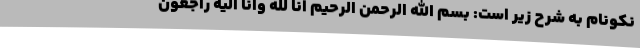
نکونام به شرح زیر است: بسم الله الرحمن الرحیم انا لله وانا الیه راجعون